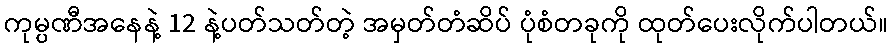
ကုမ္ပဏီအနေနဲ့ 12 နဲ့ပတ်သတ်တဲ့ အမှတ်တံဆိပ် ပုံစံတခုကို ထုတ်ပေးလိုက်ပါတယ်။